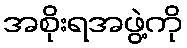
အစိုးရအဖွဲ့ကို